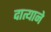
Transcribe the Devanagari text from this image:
दात्याने